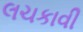
લચકાવી